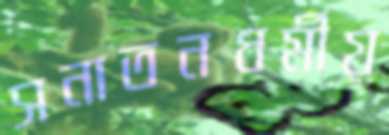
সনাতনধর্মীয়